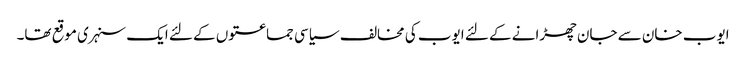
ایوب خان سے جان چھڑانے کے لئے ایوب کی مخالف سیاسی جماعتوں کے لئے ایک سنہری موقع تھا۔